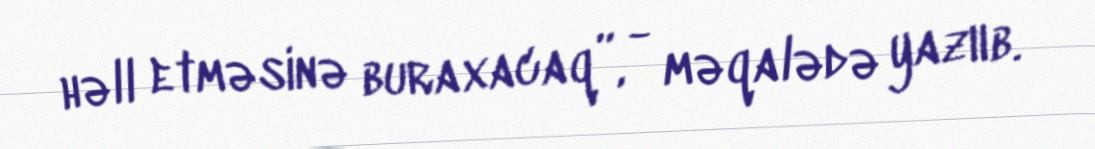
həll etməsinə buraxacaq”, - məqalədə yazııb.